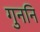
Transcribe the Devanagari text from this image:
गुननि